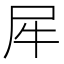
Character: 𰠨